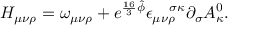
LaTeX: H _ { \mu \nu \rho } = \omega _ { \mu \nu \rho } + e ^ { \frac { 1 6 } { 3 } \hat { \phi } } \epsilon _ { \mu \nu \rho } ^ { \quad \sigma \kappa } \partial _ { \sigma } A _ { \kappa } ^ { 0 } .